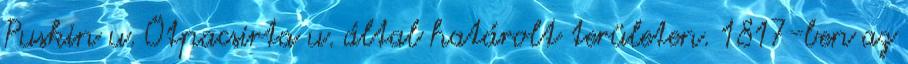
Puskin u. Ötpacsirta u. által határolt területen. 1817-ben az